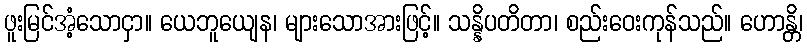
ဖူးမြင်အံ့သောငှာ။ ယေဘူယျေန၊ များသောအားဖြင့်။ သန္နိပတိတာ၊ စည်းဝေးကုန်သည်။ ဟောန္တိ၊